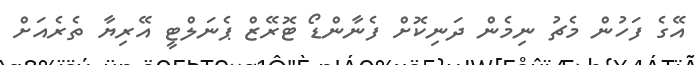
އޭގެ ފަހުން މެޗު ނިމެން ދަނިކޮށް ފެނާންޑޯ ޓޮރޭޒް ޕެނަލްޓީ އޭރިޔާ ތެރެއަށް